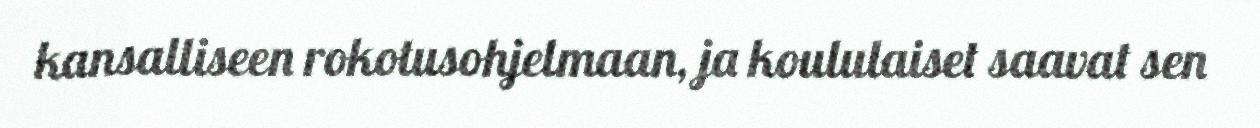
kansalliseen rokotusohjelmaan, ja koululaiset saavat sen